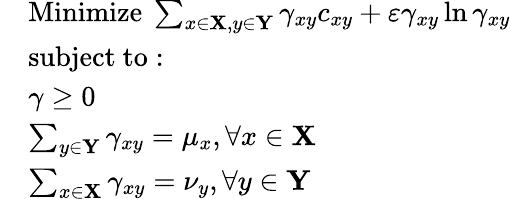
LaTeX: {\begin{array}{rl}&{{\mathrm{Minimize~}}\sum_{x\in\mathbf{X},y\in\mathbf{Y}}\gamma_{xy}c_{xy}+\varepsilon\gamma_{xy}\ln\gamma_{xy}}\\ &{{\mathrm{subject~to:~}}}\\ &{\gamma\geq 0}\\ &{\sum_{y\in\mathbf{Y}}\gamma_{xy}=\mu_{x},\forall x\in\mathbf{X}}\\ &{\sum_{x\in\mathbf{X}}\gamma_{xy}=\nu_{y},\forall y\in\mathbf{Y}}\end{array}}